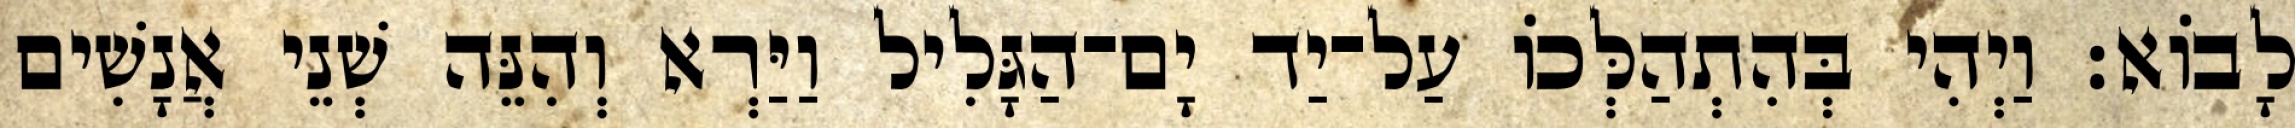
לָבוֹא׃ וַיְהִי בְּהִתְהַלְּכוֹ עַל־יַד יָם־הַגָּלִיל וַיַּרְא וְהִנֵּה שְׁנֵי אֲנָשִׁים